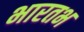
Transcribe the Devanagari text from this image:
भारतभ